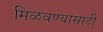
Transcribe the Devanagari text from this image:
मिळवण्यासाटी